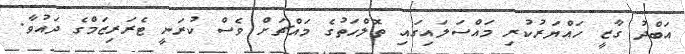
އަބްދު ގާޒީ ހައްޔަރުކުރި މައްސަލައިގައި ތޮލްހަތުގެ މައްޗަށް ވެސް ކުރަނީ ޓެރަރިޒަމްގެ ދައުވާ.